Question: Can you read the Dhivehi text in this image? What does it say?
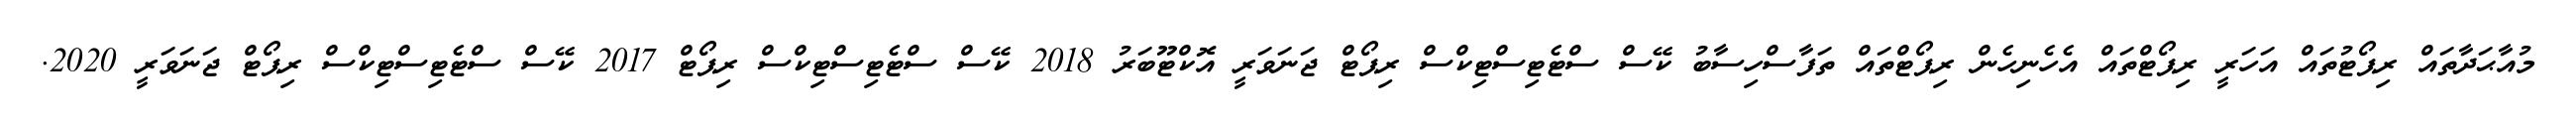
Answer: މުއާޙަދާތައް ރިޕޯޓުތައް އަހަރީ ރިޕޯޓްތައް އެހެނިހެން ރިޕޯޓްތައް ތަފާސްހިސާބު ކޭސް ސްޓެޓިސްޓިކްސް ރިޕޯޓް ޖަނަވަރީ އޮކްޓޫބަރު 2018 ކޭސް ސްޓެޓިސްޓިކްސް ރިޕޯޓް 2017 ކޭސް ސްޓެޓިސްޓިކްސް ރިޕޯޓް ޖަނަވަރީ 2020.